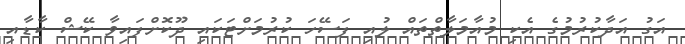
އަގު އަދާކުރުމުގެ އެކި މުއާމަލާތްތައް ލުއި ފަސޭހަ ކުރުމަށްޓަކައި ދޫކޮށްފައިވާ ކޭޝް ކާޑާއި